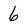
Character: 6